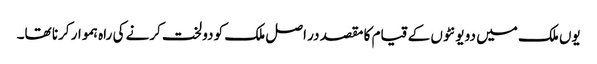
یوں ملک میں دو یونٹوں کے قیام کا مقصد در اصل ملک کو دو لخت کرنے کی راہ ہموار کرنا تھا۔